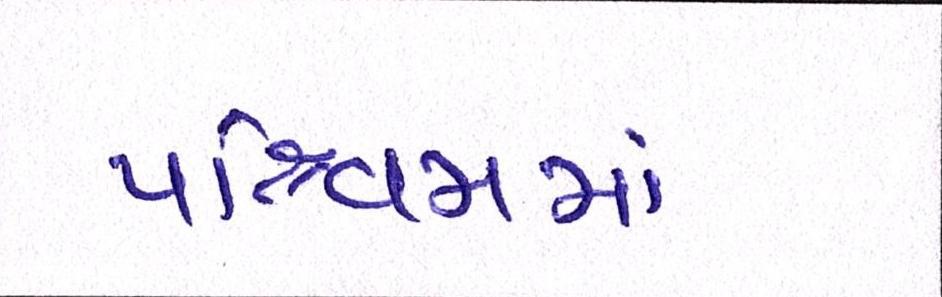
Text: પશ્ચિમમાં